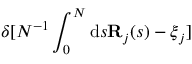
\delta [ N ^ { - 1 } \int _ { 0 } ^ { N } \mathrm { d } s \mathbf { R } _ { j } ( s ) - \boldsymbol { \xi } _ { j } ]